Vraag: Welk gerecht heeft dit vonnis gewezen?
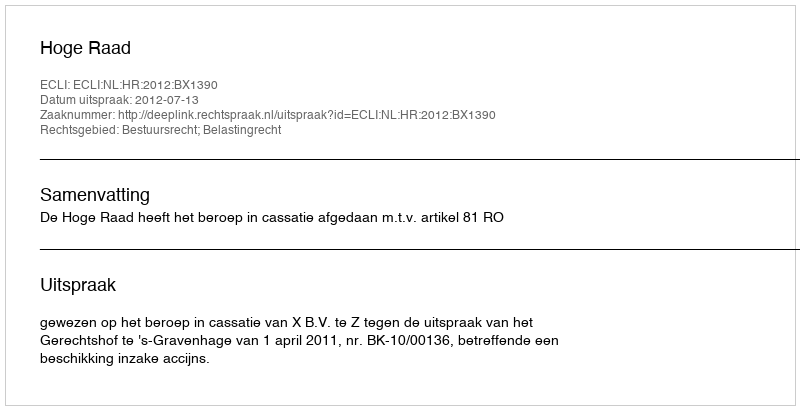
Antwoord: Hoge Raad